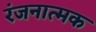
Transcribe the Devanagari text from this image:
रंजनात्मक